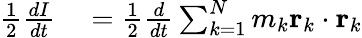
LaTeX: \begin{array}{rl}{{\frac{1}{2}}{\frac{dI}{dt}}}&{{}={\frac{1}{2}}{\frac{d}{dt}}\sum_{k=1}^{N}m_{k}\mathbf{r}_{k}\cdot\mathbf{r}_{k}}\end{array}